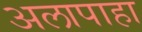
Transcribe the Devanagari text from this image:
अलापाहा